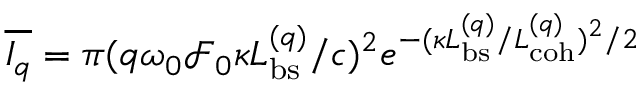
\overline { { I _ { q } } } = \pi ( q \omega _ { 0 } \mathcal { F } _ { 0 } \kappa L _ { \mathrm { b s } } ^ { ( q ) } / c ) ^ { 2 } e ^ { - ( \kappa L _ { \mathrm { b s } } ^ { ( q ) } / L _ { \mathrm { c o h } } ^ { ( q ) } ) ^ { 2 } / 2 }